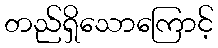
တည်ရှိသောကြောင့်